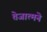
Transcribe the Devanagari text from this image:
तेजात्मने